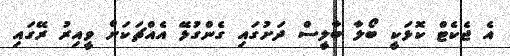
އެ ޖެކެޓް ކޮޅަކީ ބޯލާ ބާލީސް ދަށުގައި ގެންގުޅޭ އެއްޗަކަށް ވީއިރު ރޭގައި